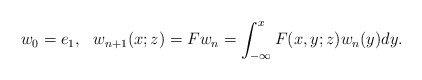
\begin{align*}&w_0=e_1, \ \ w_{n+1}(x;z)= Fw_n = \int_{- \infty}^x F(x,y;z)w_n(y)dy.\end{align*}